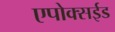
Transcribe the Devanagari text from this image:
एपोक्सईड